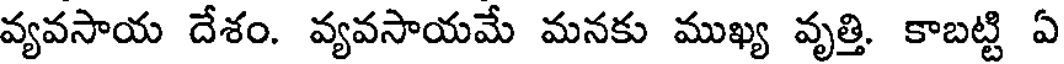
వ్యవసాయ దేశం. వ్యవసాయమే మనకు ముఖ్య వృత్తి. కాబట్టి ఏ